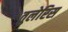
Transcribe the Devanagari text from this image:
तुलेरिस